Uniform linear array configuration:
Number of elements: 8
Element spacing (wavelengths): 0.5
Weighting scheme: hann
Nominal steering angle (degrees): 60
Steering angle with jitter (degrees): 60.82
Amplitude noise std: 0.05
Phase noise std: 0.05

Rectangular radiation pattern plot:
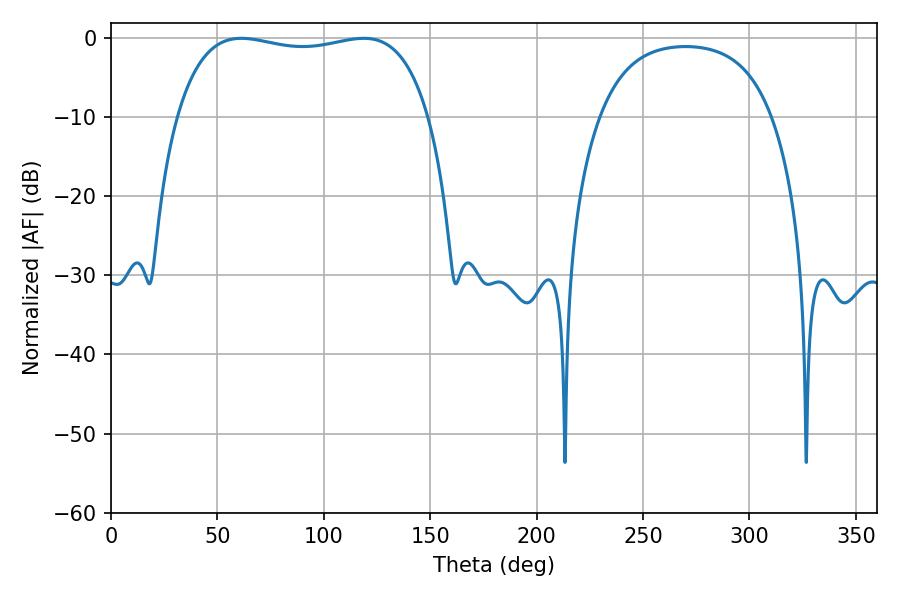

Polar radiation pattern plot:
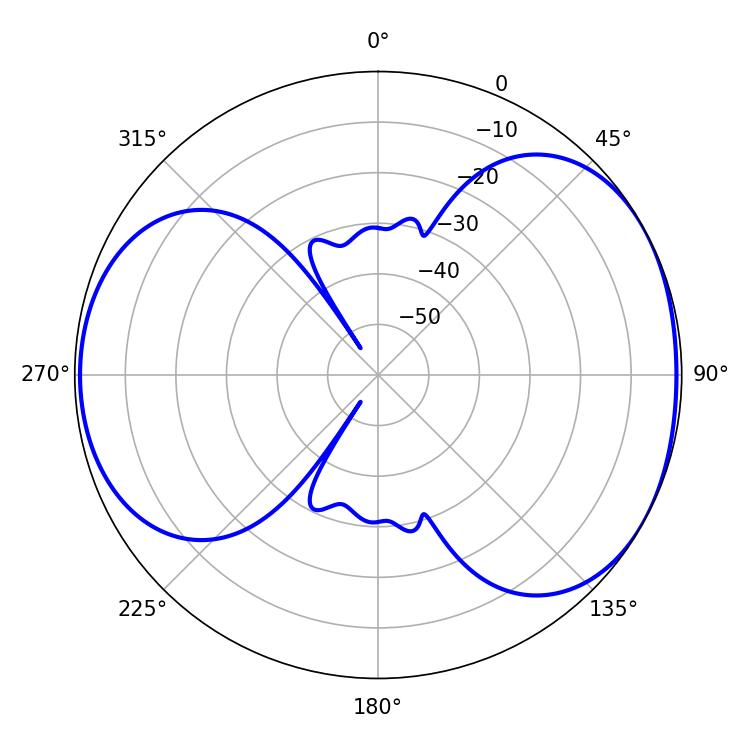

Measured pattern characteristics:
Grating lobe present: FALSE
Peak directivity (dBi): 4.915
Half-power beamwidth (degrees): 95.76
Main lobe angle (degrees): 61.2